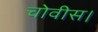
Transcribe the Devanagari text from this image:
चोवीस।